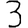
Digit: 3